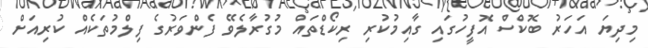
މިދިޔަ އަހަރު ބޮކްސް އޮފީހުގައި ގާއިމުކުރި ރިކޯޑްތައް މުގުރާލެވޭ ފެންވަރުގެ ފިލްމުތަކެއް ކުރިއަށް